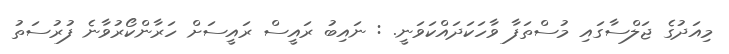
މިއަދުގެ ޖަލްސާގައި މުސްތަފާ ވާހަކަދައްކަވަނީ. : ނައިބު ރައީސް ރައީސަށް ހަރާންކޯރުވާނެ ފުރުސަތު